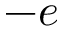
- e